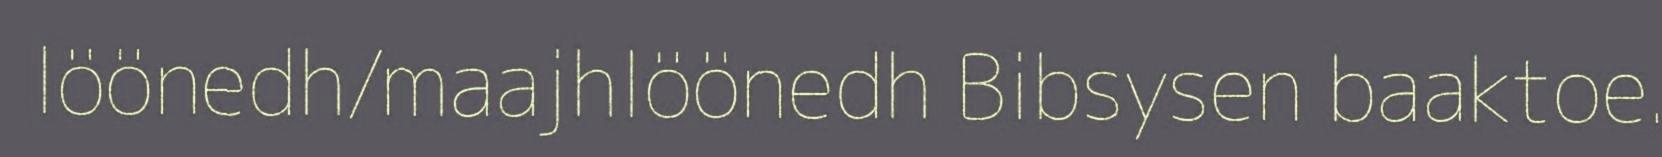
löönedh/maajhlöönedh Bibsysen baaktoe.